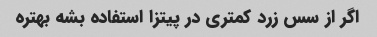
اگر از سس زرد کمتری در پیتزا استفاده بشه بهتره